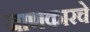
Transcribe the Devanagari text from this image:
जाणकारचे